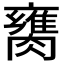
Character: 𦡈